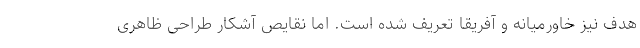
هدف نیز خاورمیانه و آفریقا تعریف شده است. اما نقایص آشکار طراحی ظاهری